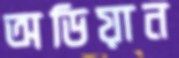
অডিয়ান